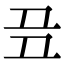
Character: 𬻈